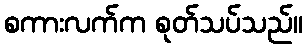
စကားလက်က စုတ်သပ်သည်။